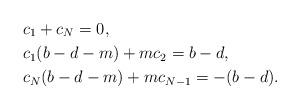
LaTeX: \begin{align*}& c_1+c_N = 0, \\& c_1(b-d-m)+mc_2 =b-d,\\&c_N(b-d-m)+mc_{N-1}=-(b-d).\end{align*}